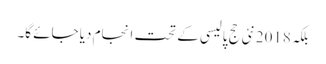
بلکہ 2018نئی حج پالیسی کے تحت انجام دیا جائے گا۔